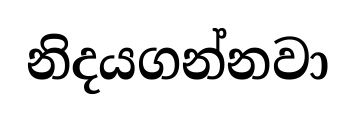
නිදයගන්නවා